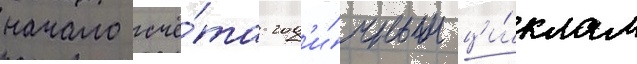
начало счё́та год'и́чным ци́клам